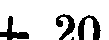
+ 20